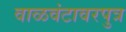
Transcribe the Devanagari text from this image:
वाळवंटावरपुत्र